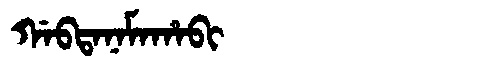
Manchu: ᡤᠠᠪᡨᠠᠨᠠᠮᠠᡥᠠᠪᡳ
Romanization: GABTANAMAHABI